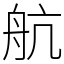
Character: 航